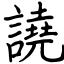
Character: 譊